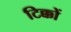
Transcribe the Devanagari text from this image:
टिक्कों